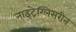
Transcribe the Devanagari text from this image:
नाइट्रेग्लिसरीन